Civil Veterinary Dept. North-West Frontier Province 1901-22 - 1901-1922
Year: 1901
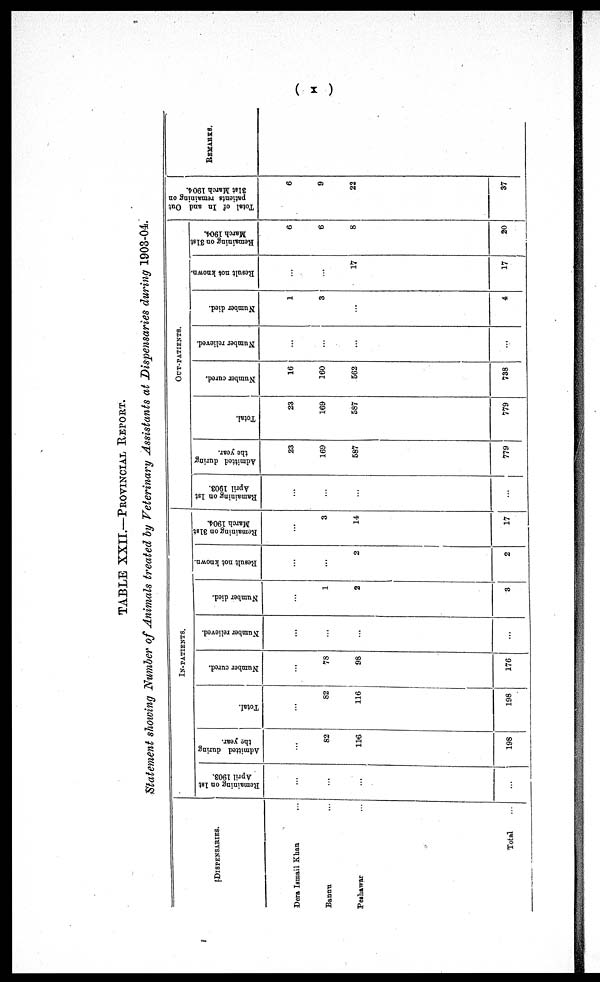
(x)
TABLE XXII.—PROVINCIAL REPORT.
Statement showing Number of Animals treated by Veterinary Assistants at Dispensaries during 1903-04.
DISPENSARIES.
Dera Ismail Khan ...
Bannu ...
Peshawar
...
Total
...
IN-PATIENTS.
Remaining on 1st
April 1903.
...
...
...
...
Admitted during
the year.
...
82
116
198
Total.
...
82
116
198
Number cured.
...
78
98
176
Number relieved.
...
...
...
...
Number died.
...
1
2
3
Result not known.
...
...
2
2
Remaining on 31st
March 1904.
...
3
14
17
OUT-PATIENTS.
Ramaining on 1st
April 1903.
...
...
...
...
Admitted during
the year.
23
169
587
779
Total.
23
169
587
779
Number cured.
16
160
562
738
Number relieved.
...
...
...
...
Number died.
1
3
...
4
Result not known.
...
...
17
17
Remaining on 31st
March 1904.
6
6
8
20
Total of In and Out
patients remaining on
31st March 1904.
6
9
22
37
REMARKS.